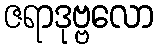
ဇရာဒုဗ္ဗလော